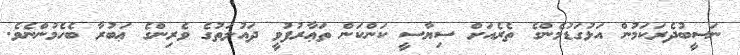
ނަސީބުދެރަކަމުން އަޅުގަޑުމެންގެ ތެރެއަށް ސިޔާސީ ކަންކަން ތަޢާރުފުވީ ދައުލަތުގެ ވެރިންގެ ޢަބުރާ ބެހެމުންނެވެ.